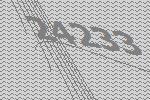
24233